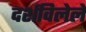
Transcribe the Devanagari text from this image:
दर्शविलेले